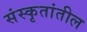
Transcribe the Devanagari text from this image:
संस्कृतांतील